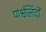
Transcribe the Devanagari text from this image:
पार्श्वलिंदों